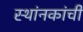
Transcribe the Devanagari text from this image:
स्थांनकांची